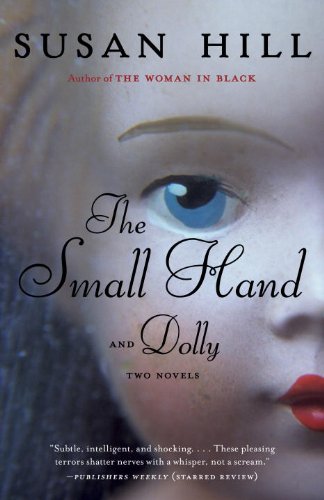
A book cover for The Small Hand and Dolly; Susan Hill; Literature & Fiction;